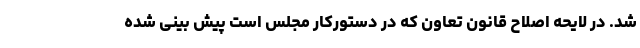
شد. در لایحه اصلاح قانون تعاون که در دستورکار مجلس است پیش بینی شده